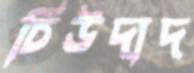
চিউদাদ